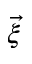
\vec { \xi }